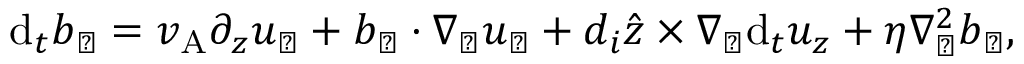
\mathrm { d } _ { t } \boldsymbol { b } _ { \perp } = v _ { \mathrm { A } } \partial _ { z } \boldsymbol { u } _ { \perp } + \boldsymbol { b } _ { \perp } \cdot \nabla _ { \perp } \boldsymbol { u } _ { \perp } + d _ { i } \hat { \boldsymbol { z } } \times \nabla _ { \perp } \mathrm { d } _ { t } u _ { z } + \eta \nabla _ { \perp } ^ { 2 } \boldsymbol { b } _ { \perp } ,